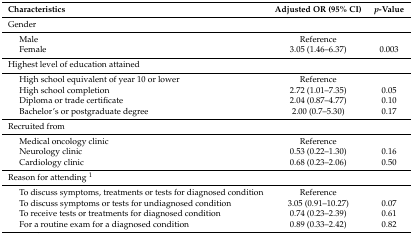
<table><thead><tr><td colspan="2"><b>Characteristics</b></td><td><b>Adjusted OR (95% CI)</b></td><td><b><i>p</i>-Value</b></td></tr></thead><tbody><tr><td colspan="4">Gender</td></tr><tr><td rowspan="2"></td><td>Male</td><td>Reference</td><td></td></tr><tr><td>Female</td><td>3.05 (1.46–6.37)</td><td>0.003</td></tr><tr><td colspan="4">Highest level of education attained </td></tr><tr><td rowspan="4"></td><td>High school equivalent of year 10 or lower</td><td>Reference</td><td></td></tr><tr><td>High school completion</td><td>2.72 (1.01–7.35)</td><td>0.05</td></tr><tr><td>Diploma or trade certificate</td><td>2.04 (0.87–4.77)</td><td>0.10</td></tr><tr><td>Bachelor’s or postgraduate degree</td><td>2.00 (0.7–5.30)</td><td>0.17</td></tr><tr><td colspan="4">Recruited from </td></tr><tr><td rowspan="3"></td><td>Medical oncology clinic</td><td>Reference</td><td></td></tr><tr><td>Neurology clinic</td><td>0.53 (0.22–1.30)</td><td>0.16</td></tr><tr><td>Cardiology clinic</td><td>0.68 (0.23–2.06)</td><td>0.50</td></tr><tr><td colspan="4">Reason for attending <sup>1</sup></td></tr><tr><td rowspan="4"></td><td>To discuss symptoms, treatments or tests for diagnosed condition</td><td>Reference</td><td></td></tr><tr><td>To discuss symptoms or tests for undiagnosed condition</td><td>3.05 (0.91–10.27)</td><td>0.07</td></tr><tr><td>To receive tests or treatments for diagnosed condition</td><td>0.74 (0.23–2.39)</td><td>0.61</td></tr><tr><td>For a routine exam for a diagnosed condition</td><td>0.89 (0.33–2.42)</td><td>0.82</td></tr></tbody></table>